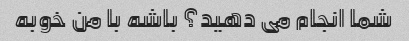
شما انجام می دهید؟ باشه با من خوبه